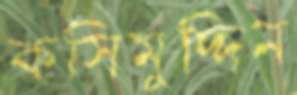
কসিমুদ্দিন